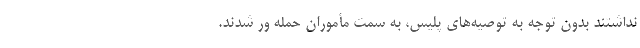
نداشتند بدون توجه به توصیه‌های پلیس، به سمت مأموران حمله ور شدند.